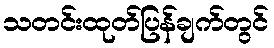
သတင်းထုတ်ပြန်ချက်တွင်